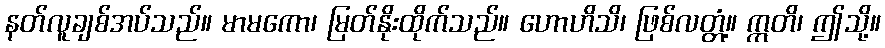
နတ်လူချစ်အပ်သည်။ မာမကော၊ မြတ်နိုးထိုက်သည်။ ဟောဟိသိ၊ ဖြစ်လတ္တံ့။ ဣတိ၊ ဤသို့။